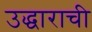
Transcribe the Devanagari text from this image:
उद्धाराची